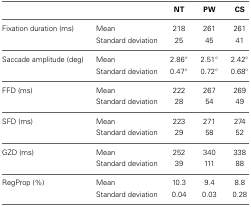
<table><thead><tr><td></td><td></td><td><b>NT</b></td><td><b>PW</b></td><td><b>CS</b></td></tr></thead><tbody><tr><td>Fixation duration (ms)</td><td>Mean</td><td>218</td><td>261</td><td>261</td></tr><tr><td></td><td>Standard deviation</td><td>25</td><td>45</td><td>41</td></tr><tr><td>Saccade amplitude (deg)</td><td>Mean</td><td>2.86°</td><td>2.51°</td><td>2.42°</td></tr><tr><td></td><td>Standard deviation</td><td>0.47°</td><td>0.72°</td><td>0.68°</td></tr><tr><td>FFD (ms)</td><td>Mean</td><td>222</td><td>267</td><td>269</td></tr><tr><td></td><td>Standard deviation</td><td>28</td><td>54</td><td>49</td></tr><tr><td>SFD (ms)</td><td>Mean</td><td>223</td><td>271</td><td>274</td></tr><tr><td></td><td>Standard deviation</td><td>29</td><td>58</td><td>52</td></tr><tr><td>GZD (ms)</td><td>Mean</td><td>252</td><td>340</td><td>338</td></tr><tr><td></td><td>Standard deviation</td><td>39</td><td>111</td><td>88</td></tr><tr><td>RegProp (%)</td><td>Mean</td><td>10.3</td><td>9.4</td><td>8.8</td></tr><tr><td></td><td>Standard deviation</td><td>0.04</td><td>0.03</td><td>0.28</td></tr></tbody></table>